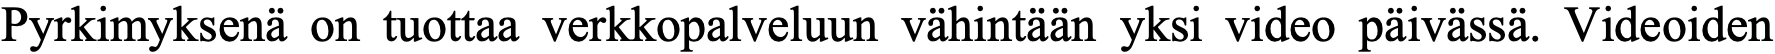
Pyrkimyksenä on tuottaa verkkopalveluun vähintään yksi video päivässä. Videoiden